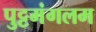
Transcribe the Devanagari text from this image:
पुट्टमंगलम